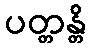
ပတ္တန္တိ